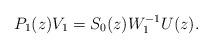
LaTeX: \begin{align*}P_1(z)V_1=S_0(z)W_1^{-1}U(z).\end{align*}